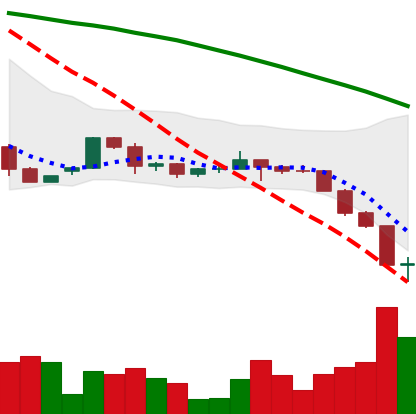
Ticker: ETH-USD
Chart end date: 2022-06-14
Forward return: -6.933%
Label: down_5_7